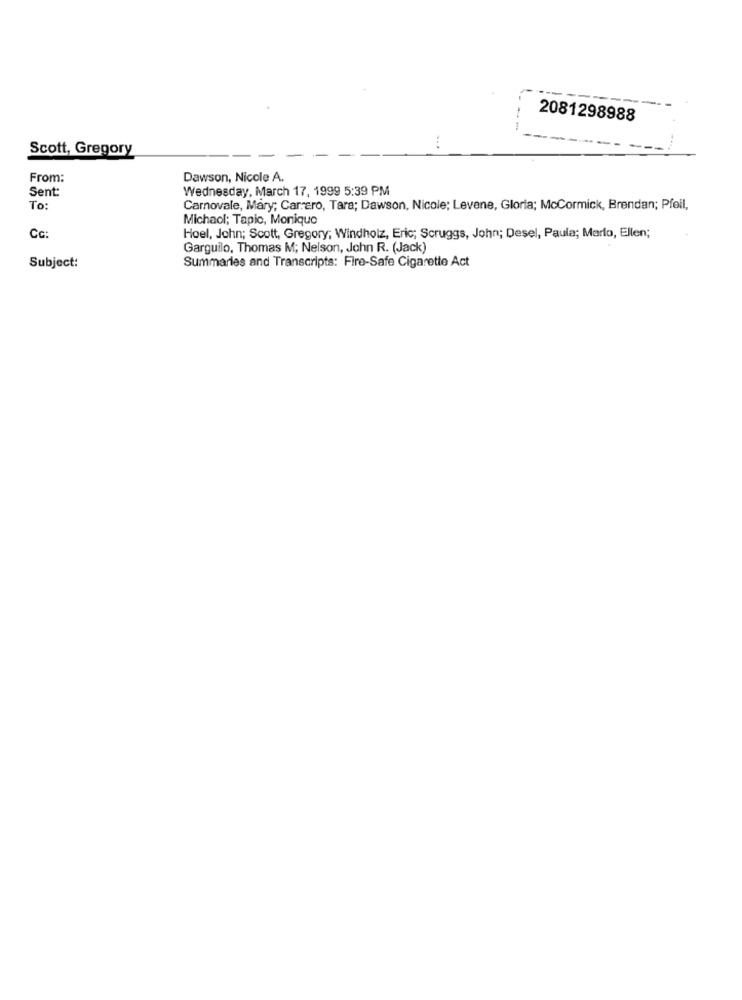
2081298988
Scott, Gregory
From:
Dawson, Nicole A.
Sent:
Wednesday, March 17, 1999 5:39 PM
To:
Carnovale, Mary; Carrero, Tara; Dawson, Nicole; Levene, Gloria; McCormick, Brendan; Pfeil,
Michaol; Tapic, Monique
Cc:
Hoel, John; Scott, Gregory; Windholz, Eric; Scruggs, John; Desel, Paula; Marlo, Ellen;
Garguilo, Thomas M; Nelson, John R. (Jack)
Summaries and Transcripts: Fire-Safe Cigarette Act
Subject: